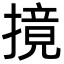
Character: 摬